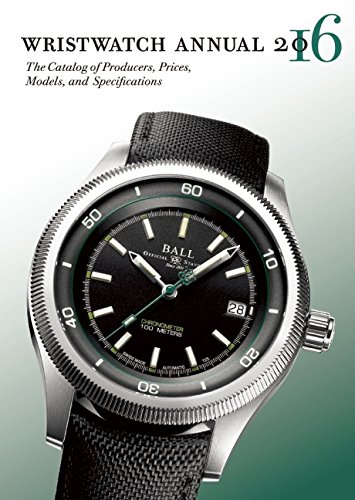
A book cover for Wristwatch Annual 2016: The Catalog of Producers, Prices, Models, and Specifications; Peter Braun; Crafts, Hobbies & Home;